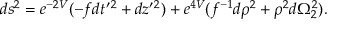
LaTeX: d s ^ { 2 } = e ^ { - 2 V } ( - f d t ^ { \prime } { } ^ { 2 } + d z ^ { \prime } { } ^ { 2 } ) + e ^ { 4 V } ( f ^ { - 1 } d \rho ^ { 2 } + \rho ^ { 2 } d \Omega _ { 2 } ^ { 2 } ) .